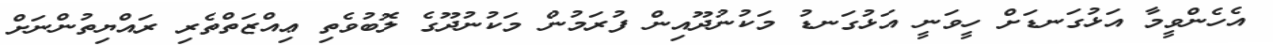
އެހެންވީމާ އަޅުގަނޑަށް ހީވަނީ އަޅުގަނޑު މަކުނުދޫއިން ފުރަމުން މަކުނުދޫގެ ލޮބުވެތި ޢިއްޒަތްތެރި ރައްޔިތުންނަށް